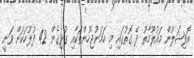
އޮފިޝަލުން މައުލޫމާތު ދޭ ގޮތުގައި މި ހަމަނުޖެހުންތަކާއި ގުޅިގެން 42 ފުލުހަކަށް ވަނީ